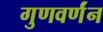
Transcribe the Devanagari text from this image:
गुणवर्णंन